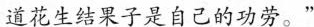
道花生结果子是自己的功劳。